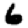
Digit: 6